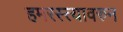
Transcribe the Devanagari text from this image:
हमरस्त्यावरुन